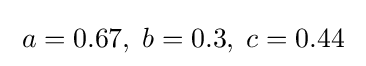
\;a=0.67,\;b=0.3,\;c=0.44\;